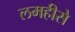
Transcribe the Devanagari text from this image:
लमहीसे